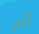
أباد